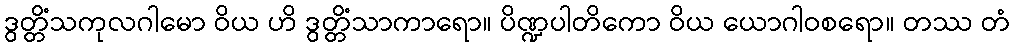
ဒွတ္တိံသကုလဂါမော ဝိယ ဟိ ဒွတ္တိံသာကာရော။ ပိဏ္ဍပါတိကော ဝိယ ယောဂါဝစရော။ တဿ တံ